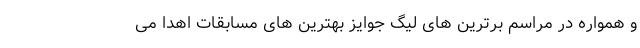
و همواره در مراسم برترین های لیگ جوایز بهترین های مسابقات اهدا می